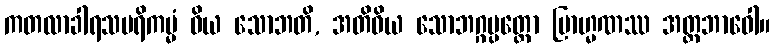
ကတလာခါရသပရိကမ္မံ ဝိယ သောဘတိ, အတိဝိယ သောဘဂ္ဂပ္ပတ္တော ဗြာဟ္မဏဿ အတ္တဘာဝေါ။